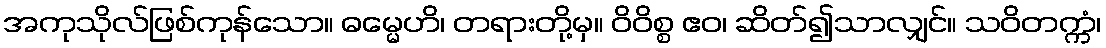
အကုသိုလ်ဖြစ်ကုန်သော။ ဓမ္မေဟိ၊ တရားတို့မှ။ ဝိဝိစ္စ ဧဝ၊ ဆိတ်၍သာလျှင်။ သဝိတက္ကံ၊